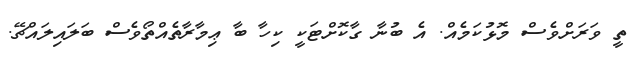
ތީ ވަރަށްވެސް މޮޅުކަމެއް. އެ ބުނާ ގާކޮށްޓަކީ ކިހާ ބާ ޢިމާރާތެއްތޯވެސް ބަލައިލައްޗޭ.